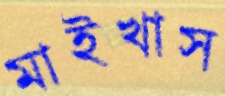
মাইখাস